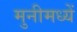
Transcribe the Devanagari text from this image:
मुनीमध्यें